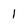
Character: 1